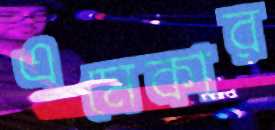
এমেকার